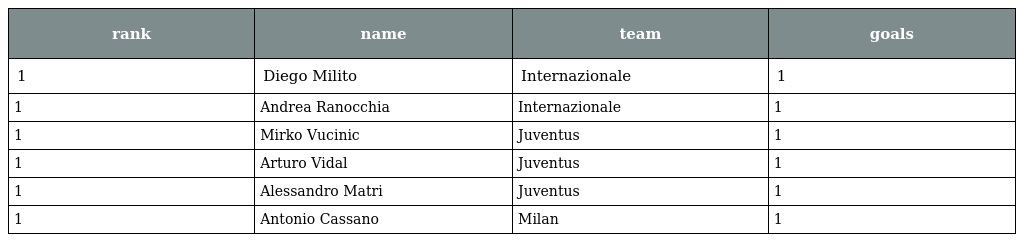
| rank | name | team | goals |
 | --- | --- | --- | --- |
 | 1 | Diego Milito | Internazionale | 1 |
 | 1 | Andrea Ranocchia | Internazionale | 1 |
 | 1 | Mirko Vucinic | Juventus | 1 |
 | 1 | Arturo Vidal | Juventus | 1 |
 | 1 | Alessandro Matri | Juventus | 1 |
 | 1 | Antonio Cassano | Milan | 1 |